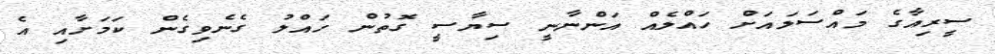
ސީރިއާގެ މައްސަލައަށް ހައްލެއް އަންނާނީ ސިޔާސީ ގޮތުން ހައްލު ގެނެވިގެން ކަމަށާއި އެ